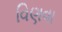
વિણવા